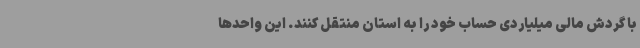
با گردش مالی میلیاردی حساب خود را به استان منتقل کنند. این واحدها